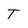
Character: T